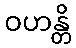
ဝဟန္တိ